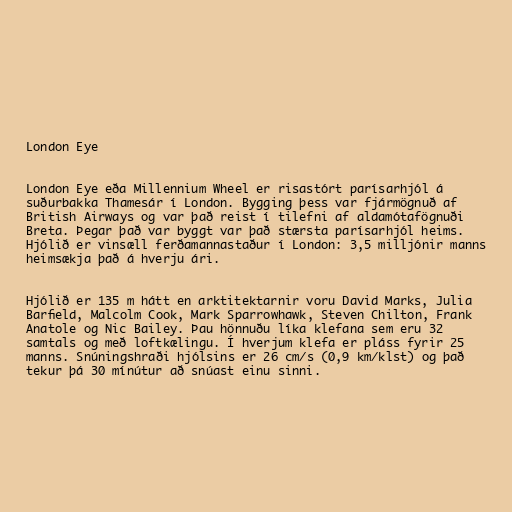
London Eye

London Eye eða Millennium Wheel er risastórt parísarhjól á
suðurbakka Thamesár í London. Bygging þess var fjármögnuð af
British Airways og var það reist í tilefni af aldamótafögnuði
Breta. Þegar það var byggt var það stærsta parísarhjól heims.
Hjólið er vinsæll ferðamannastaður í London: 3,5 milljónir manns
heimsækja það á hverju ári.

Hjólið er 135 m hátt en arktitektarnir voru David Marks, Julia
Barfield, Malcolm Cook, Mark Sparrowhawk, Steven Chilton, Frank
Anatole og Nic Bailey. Þau hönnuðu líka klefana sem eru 32
samtals og með loftkælingu. Í hverjum klefa er pláss fyrir 25
manns. Snúningshraði hjólsins er 26 cm/s (0,9 km/klst) og það
tekur þá 30 mínútur að snúast einu sinni.